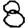
Digit: 8